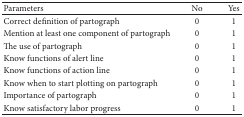
| Parameters | No | Yes |
 | --- | --- | --- |
 | Correct definition of partograph | 0 | 1 |
 | Mention at least one component of partograph | 0 | 1 |
 | The use of partograph | 0 | 1 |
 | Know functions of alert line | 0 | 1 |
 | Know functions of action line | 0 | 1 |
 | Know when to start plotting on partograph | 0 | 1 |
 | Importance of partograph | 0 | 1 |
 | Know satisfactory labor progress | 0 | 1 |